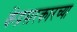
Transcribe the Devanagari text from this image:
केंद्रसरकारच्या